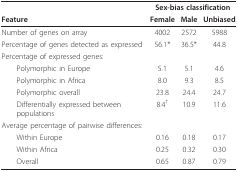
|  | <COLSPAN=3> Sex-bias classification |
 | Feature | Female | Male | Unbiased |
 | --- | --- | --- | --- |
 | Number of genes on array | 4002 | 2572 | 5988 |
 | Percentage of genes detected as expressed | 56.1* | 36.5* | 44.8 |
 | Percentage of expressed genes: |  |  |  |
 | Polymorphic in Europe | 5.1 | 5.1 | 4.6 |
 | Polymorphic in Africa | 8.0 | 9.3 | 8.5 |
 | Polymorphic overall | 23.8 | 24.4 | 24.7 |
 | Differentially expressed between populations | 8.4† | 10.9 | 11.6 |
 | Average percentage of pairwise differences: |  |  |  |
 | Within Europe | 0.16 | 0.18 | 0.17 |
 | Within Africa | 0.25 | 0.32 | 0.30 |
 | Overall | 0.65 | 0.87 | 0.79 |